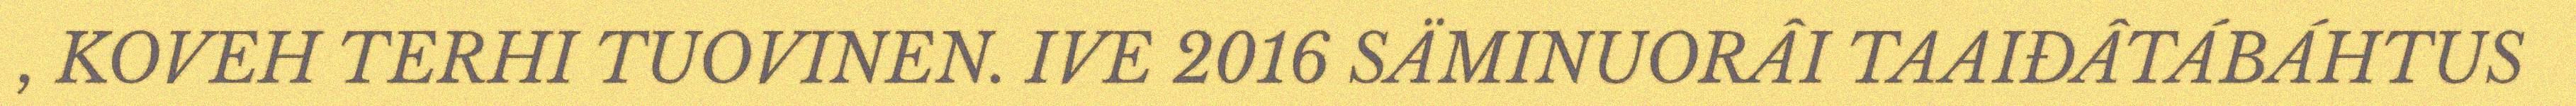
, KOVEH TERHI TUOVINEN. IVE 2016 SÄMINUORÂI TAAIĐÂTÁBÁHTUS